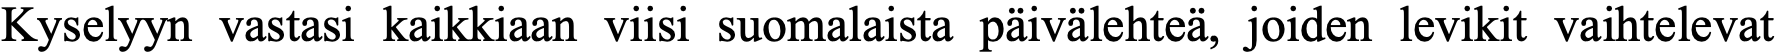
Kyselyyn vastasi kaikkiaan viisi suomalaista päivälehteä, joiden levikit vaihtelevat